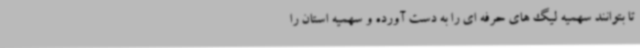
تا بتوانند سهمیه لیگ های حرفه ای را به دست آورده و سهمیه استان را